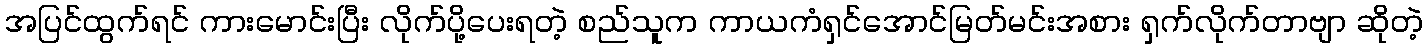
အပြင်ထွက်ရင် ကားမောင်းပြီး လိုက်ပို့ပေးရတဲ့ စည်သူက ကာယကံရှင်အောင်မြတ်မင်းအစား ရှက်လိုက်တာဗျာ ဆိုတဲ့